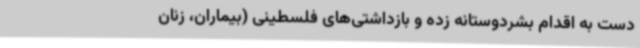
دست به اقدام بشردوستانه زده و بازداشتی‌های فلسطینی (بیماران، زنان